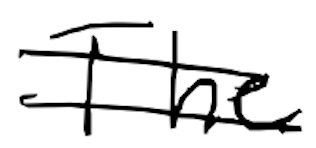
Text: The
Cross-out: double-line
Writing tool: digital_black